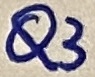
Text: 13